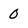
Character: 0